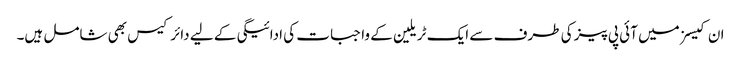
ان کیسز میں آئی پی پیز کی طرف سے ایک ٹریلین کے واجبات کی ادائیگی کے لیے دائر کیس بھی شامل ہیں۔